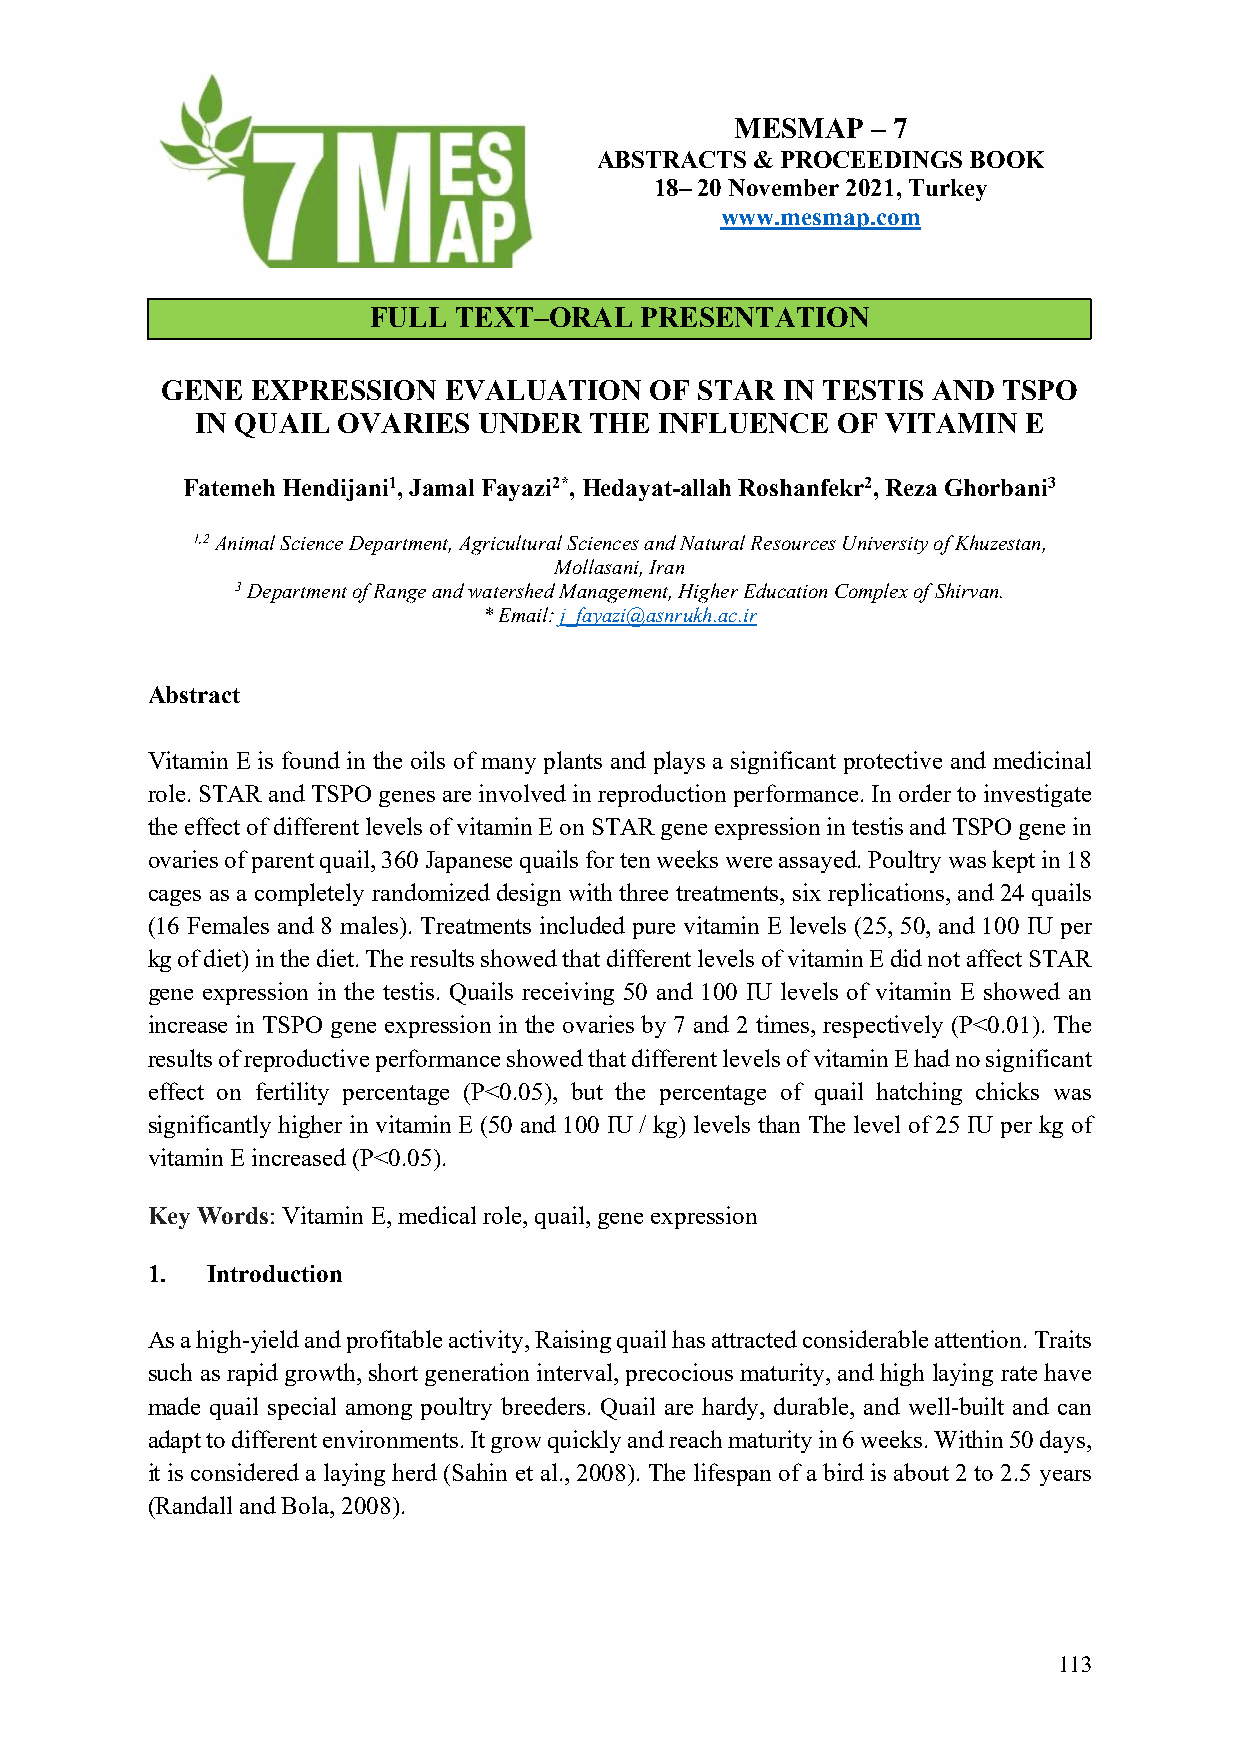
MESMAP   – 7
 ABSTRACTS  & PROCEEDINGS BOOK
 18– 20 November 2021, Turkey
 www.mesmap.com
 FULL  TEXT–ORAL   PRESENTATION
 GENE  EXPRESSION  EVALUATION    OF STAR  IN TESTIS AND TSPO
 IN QUAIL OVARIES   UNDER  THE  INFLUENCE  OF  VITAMIN  E
 Fatemeh Hendijani1, Jamal Fayazi2*, Hedayat-allah Roshanfekr2, Reza Ghorbani3
 1,2 Animal Science Department, Agricultural Sciences and Natural Resources University of Khuzestan,
 Mollasani, Iran
 3 Department of Range and watershed Management, Higher Education Complex of Shirvan.
 * Email: j_fayazi@asnrukh.ac.ir
 Abstract
 Vitamin E is found in the oils of many plants and plays a significant protective and medicinal
 role. STAR and TSPO genes are involved in reproduction performance. In order to investigate
 the effect of different levels of vitamin E on STAR gene expression in testis and TSPO gene in
 ovaries of parent quail, 360 Japanese quails for ten weeks were assayed. Poultry was kept in 18
 cages as a completely randomized design with three treatments, six replications, and 24 quails
 (16 Females and 8 males). Treatments included pure vitamin E levels (25, 50, and 100 IU per
 kg of diet) in the diet. The results showed that different levels of vitamin E did not affect STAR
 gene expression in the testis. Quails receiving 50 and 100 IU levels of vitamin E showed an
 increase in TSPO gene expression in the ovaries by 7 and 2 times, respectively (P<0.01). The
 results of reproductive performance showed that different levels of vitamin E had no significant
 effect on fertility percentage (P<0.05), but the percentage of quail hatching chicks was
 significantly higher in vitamin E (50 and 100 IU / kg) levels than The level of 25 IU per kg of
 vitamin E increased (P<0.05).
 Key Words: Vitamin E, medical role, quail, gene expression
 1.  Introduction
 As a high-yield and profitable activity, Raising quail has attracted considerable attention. Traits
 such as rapid growth, short generation interval, precocious maturity, and high laying rate have
 made quail special among poultry breeders. Quail are hardy, durable, and well-built and can
 adapt to different environments. It grow quickly and reach maturity in 6 weeks. Within 50 days,
 it is considered a laying herd (Sahin et al., 2008). The lifespan of a bird is about 2 to 2.5 years
 (Randall and Bola, 2008).
 113